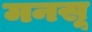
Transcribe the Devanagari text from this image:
मनसू